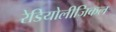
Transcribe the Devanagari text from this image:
रेडियोलीजिकल